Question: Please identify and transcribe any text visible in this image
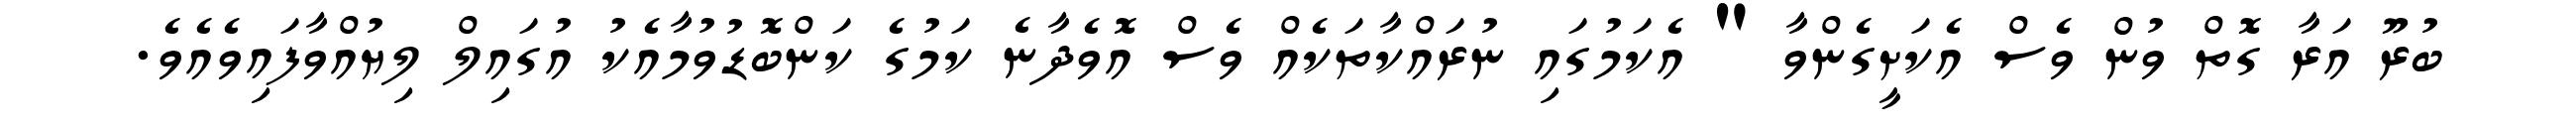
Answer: ބުރޫ އަރާ ގޮތް ވުން ވެސް އެކަށީގެންވާ " އެކަމުގައި ނުރައްކާތަކެއް ވެސް އޮވެދާނެ ކަމުގެ ކަންބޮޑުވުމާއެކު އުގައިލް ލިޔުއްވާފައިވެއެވެ.